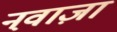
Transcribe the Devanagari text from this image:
नव़ाज़ा